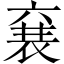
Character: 㐮